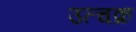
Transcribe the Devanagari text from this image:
उत्चक्र